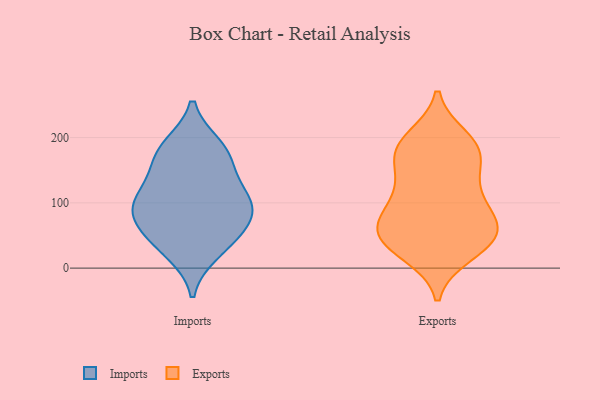
{"axis": {"x": "Customer Acquisition Cost (USD)", "y": "Value"}, "legend": ["Exports", "Imports"], "data": [{"x": "", "y": 81, "type": "Imports"}, {"x": "", "y": 70, "type": "Imports"}, {"x": "", "y": 146, "type": "Imports"}, {"x": "", "y": 182, "type": "Imports"}, {"x": "", "y": 171, "type": "Imports"}, {"x": "", "y": 113, "type": "Imports"}, {"x": "", "y": 94, "type": "Imports"}, {"x": "", "y": 36, "type": "Imports"}, {"x": "", "y": 113, "type": "Imports"}, {"x": "", "y": 187, "type": "Imports"}, {"x": "", "y": 94, "type": "Imports"}, {"x": "", "y": 24, "type": "Imports"}, {"x": "", "y": 55, "type": "Imports"}, {"x": "", "y": 94, "type": "Exports"}, {"x": "", "y": 79, "type": "Exports"}, {"x": "", "y": 46, "type": "Exports"}, {"x": "", "y": 183, "type": "Exports"}, {"x": "", "y": 119, "type": "Exports"}, {"x": "", "y": 125, "type": "Exports"}, {"x": "", "y": 31, "type": "Exports"}, {"x": "", "y": 149, "type": "Exports"}, {"x": "", "y": 198, "type": "Exports"}, {"x": "", "y": 180, "type": "Exports"}, {"x": "", "y": 185, "type": "Exports"}, {"x": "", "y": 179, "type": "Exports"}, {"x": "", "y": 49, "type": "Exports"}, {"x": "", "y": 82, "type": "Exports"}, {"x": "", "y": 54, "type": "Exports"}, {"x": "", "y": 60, "type": "Exports"}, {"x": "", "y": 44, "type": "Exports"}, {"x": "", "y": 23, "type": "Exports"}]}